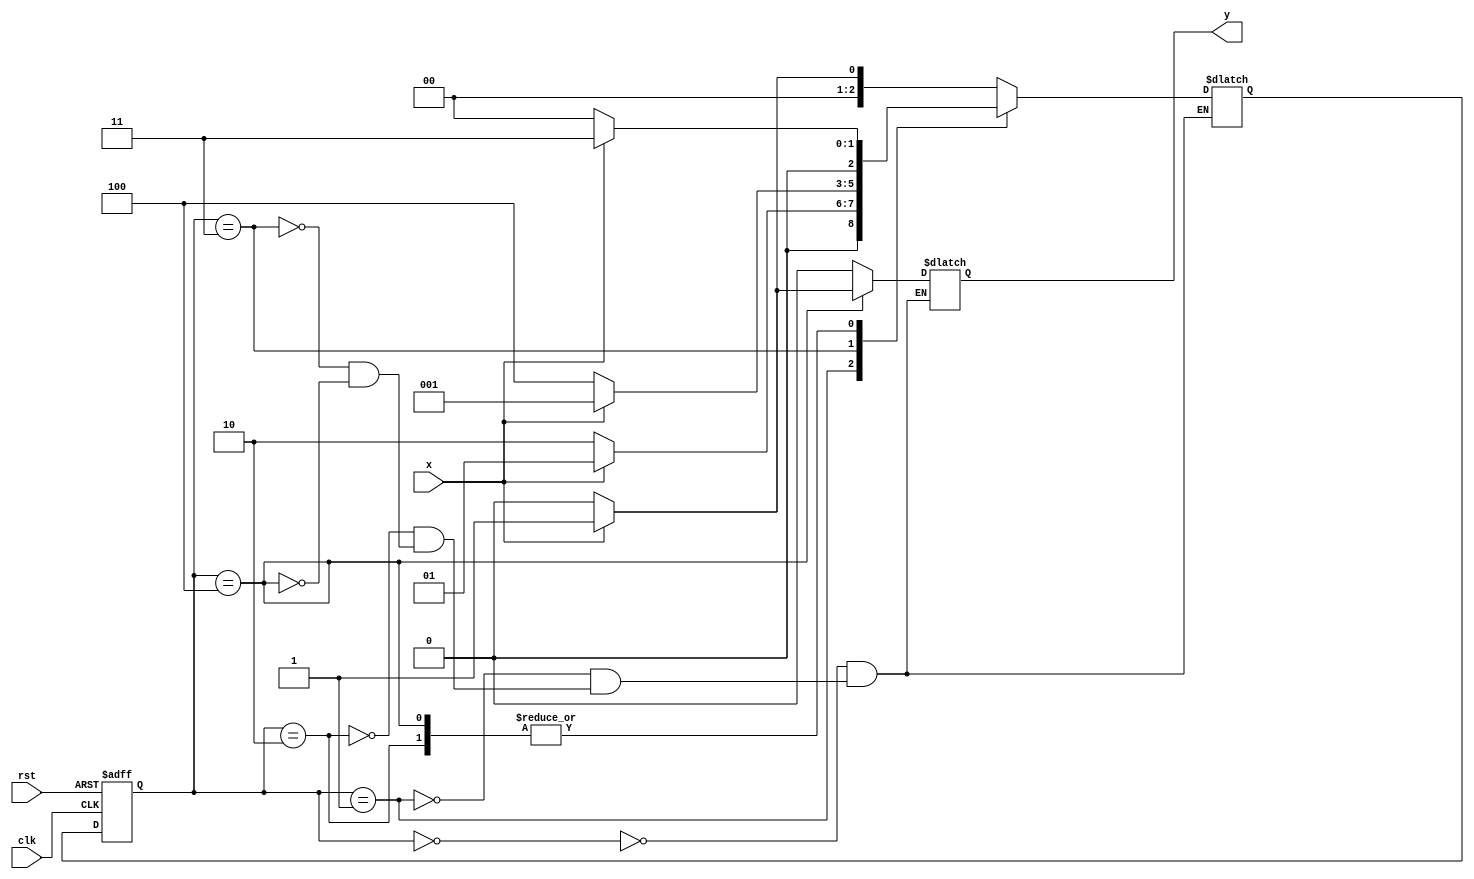
module mealy10101 (//seq=10101
input clk,rst,x,
output reg y);


parameter s0=3'b000,s1=3'b001,s2=3'b010,s3=3'b011,s4=3'b100;
reg [2:0] ns,cs;

always @(posedge clk or negedge rst)//for current state with aynchronous input
begin
if(rst==1'b0) cs<=s0;
else          cs<=ns;
end
always @(x or cs)//next state calculation
begin
case(cs)
s0:begin
   if(x==1)   ns<=s1;
   else       ns<=s0;
   end
s1:begin
   if(x==1)   ns<=s1;
   else       ns<=s2;
   end
s2:begin
   if(x==0)   ns<=s0;
   else       ns<=s3;
   end
s3:begin
   if(x==1)   ns<=s1;
   else       ns<=s4;
   end
s4:begin
   if(x==0)   ns<=s0;
   else       ns<=s3;
   end
endcase
end

always @(x or cs)//output calculation
begin
case(cs)
s0: y=0;
s1: y=0;
s2: y=0;
s3: y=0;
s4: if(x==0) y=0;
     else    y=1;
endcase

end
endmodule